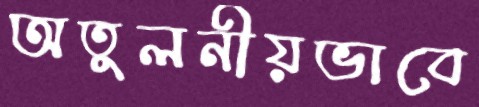
অতুলনীয়ভাবে